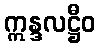
ဣန္ဒလဋ္ဌီဝ